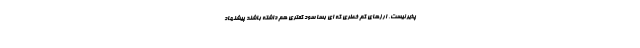
پذیر نیست، ارزهای کم خطری که ای بسا سود کمتری هم داشته باشند پیشنهاد